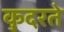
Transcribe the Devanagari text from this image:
कु़दरते